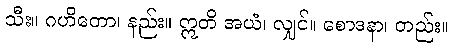
သီး။ ဂဟိတော၊ နည်း။ ဣတိ အယံ၊ လျှင်။ စောဒနာ၊ တည်း။